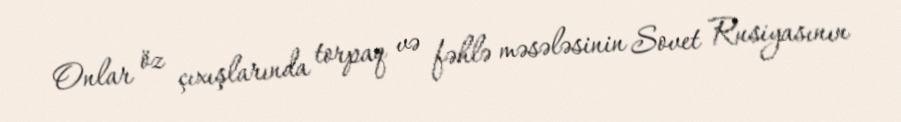
Onlar öz çıxışlarında torpaq və fəhlə məsələsinin Sovet Rusiyasının